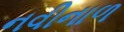
નવીનાળ